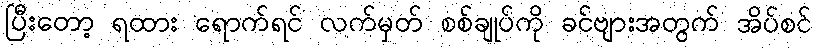
ပြီးတော့ ရထား ရောက်ရင် လက်မှတ် စစ်ချုပ်ကို ခင်ဗျားအတွက် အိပ်စင်